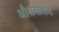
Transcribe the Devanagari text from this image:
औरानाबाद